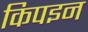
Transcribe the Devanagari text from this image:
किपइन